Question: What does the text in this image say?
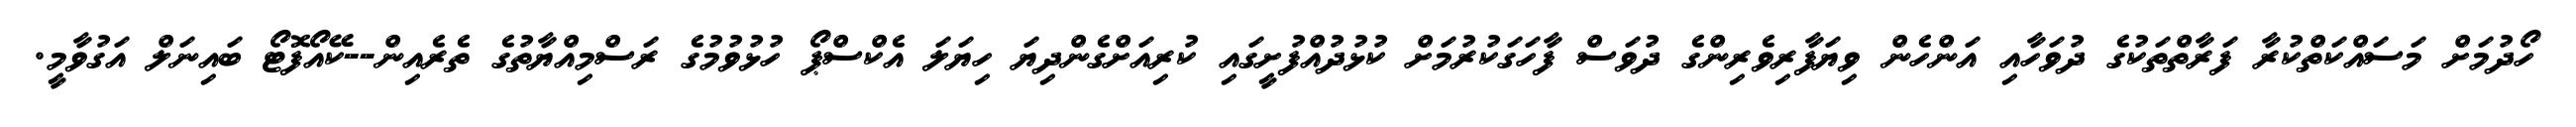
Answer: ހޯދުމަށް މަސައްކަތްކުރާ ފަރާތްތަކުގެ ދުވަހާއި އަންހެން ވިޔަފާރިވެރިންގެ ދުވަސް ފާހަގަކުރުމަށް ކުޅުދުއްފުށީގައި ކުރިއަށްގެންދިޔަ ހިޔަލަ އެކްސްޕޯ ހުޅުވުމުގެ ރަސްމިއްޔާތުގެ ތެރެއިން--ކޭއޯފޮޓޯ ބައިނަލް އަގުވާމީ.